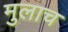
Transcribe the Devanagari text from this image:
मुलाच